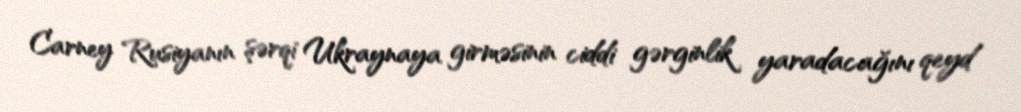
Carney Rusiyanın şərqi Ukraynaya girməsinin ciddi gərginlik yaradacağını qeyd